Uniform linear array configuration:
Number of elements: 48
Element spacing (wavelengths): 0.25
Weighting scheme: cosine
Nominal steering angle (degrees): -60
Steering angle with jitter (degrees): -61.515
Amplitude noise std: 0.05
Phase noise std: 0.05

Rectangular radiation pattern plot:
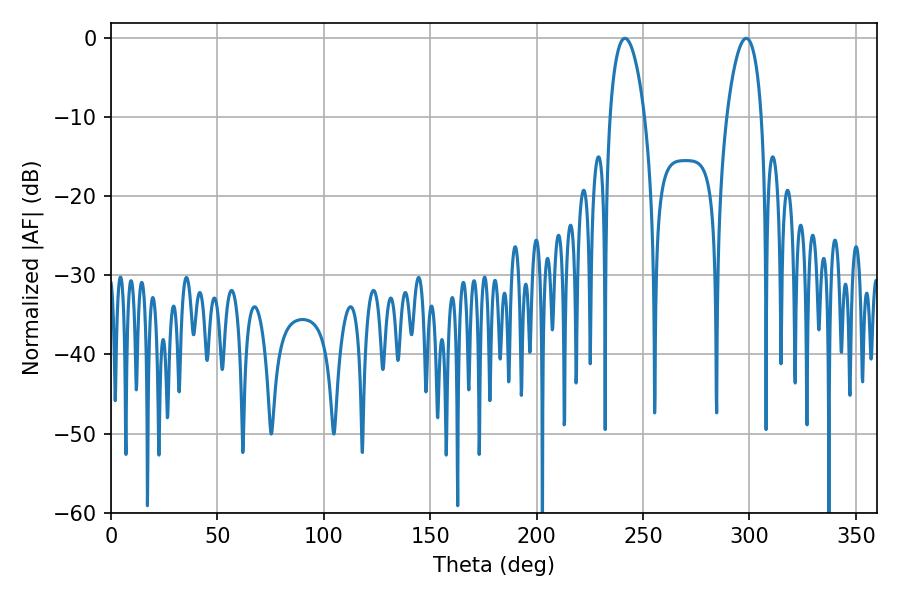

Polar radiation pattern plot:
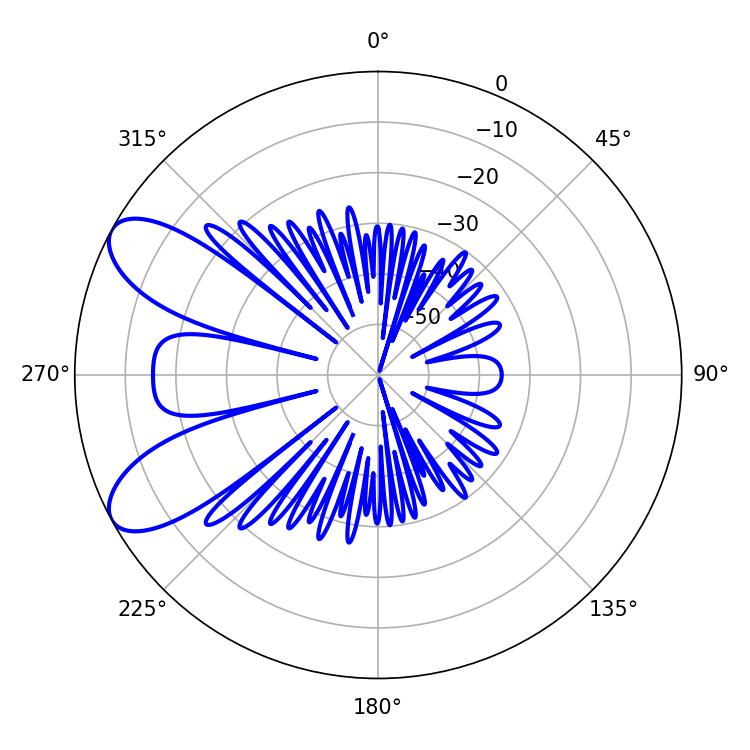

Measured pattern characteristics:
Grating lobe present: FALSE
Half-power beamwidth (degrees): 9.18
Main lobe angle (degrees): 298.44